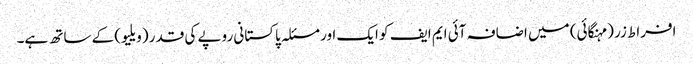
افراط زر (مہنگائی) میں اضافہ آئی ایم ایف کو ایک اور مسئلہ پاکستانی روپے کی قدر (ویلیو) کے ساتھ ہے۔